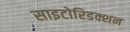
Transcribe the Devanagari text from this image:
साइटोरिडक्शन